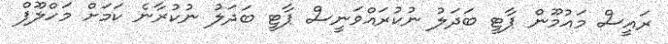
ރައީސް މައުމޫން ޕާޓީ ބަދަލު ނުކުރައްވަނީސް ޕާޓީ ބަދަލު ނުކުރާނެ ކަމަށް މަހްލޫފް